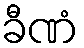
ခီဏံ